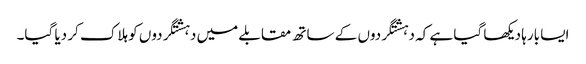
ایسا بارہا دیکھا گیا ہے کہ دہشتگردوں کے ساتھ مقابلے میں دہشتگردوں کو ہلاک کر دیا گیا۔